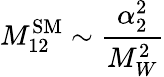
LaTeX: M_{12}^{\mathrm{SM}}\sim\frac{\alpha_{2}^{2}}{M_{W}^{2}}